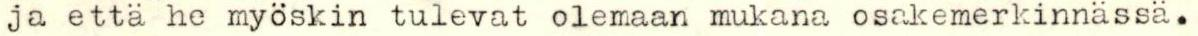
ja että he myöskin tulevat olemaan mukana osakemerkinnässä.